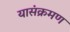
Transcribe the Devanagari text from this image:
यासंक्रमण